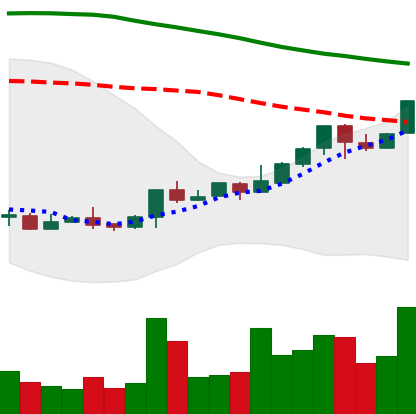
Ticker: LTC-USD
Chart end date: 2018-04-24
Forward return: -7.329%
Label: down_7plus